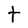
Character: t